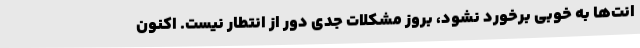
انت‌ها به خوبی برخورد نشود، بروز مشکلات جدی دور از انتطار نیست. اکنون